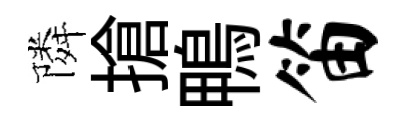
隣搶鴨笛